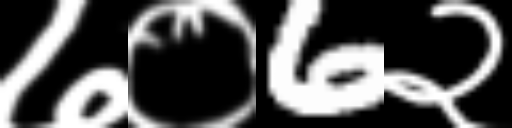
Text: ७०6२